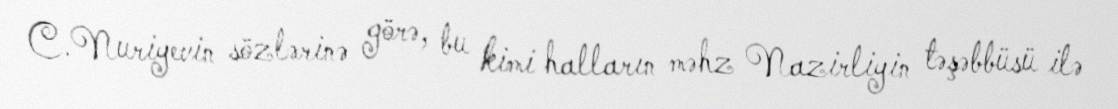
C.Nuriyevin sözlərinə görə, bu kimi halların məhz Nazirliyin təşəbbüsü ilə